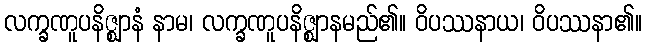
လက္ခဏူပနိဇ္ဈာနံ နာမ၊ လက္ခဏူပနိဇ္ဈာနမည်၏။ ဝိပဿနာယ၊ ဝိပဿနာ၏။